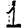
Digit: 1